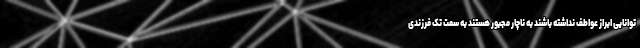
توانایی ابراز عواطف نداشته باشند به ناچار مجبور هستند به سمت تک فرزندی